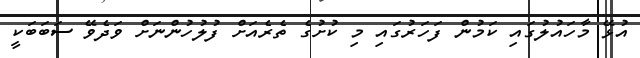
އުޅޭ މާހައުލުގައި ކަމުން ފަހަރުގައި މި ކުށުގެ ތެރެއަށް ފުލުހުންނަށް ވަދެވޭ ސަބަބަކީ